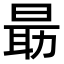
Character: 朂